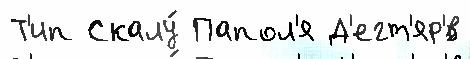
Т'ип Скалу́ Папол'я Д'егт'яр'́в